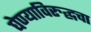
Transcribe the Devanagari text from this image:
घेण्याविरुद्धचा